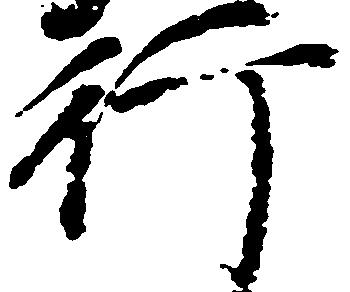
行